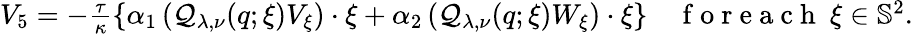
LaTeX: \begin{array}{r}{V_{5}=-\frac{\tau}{\kappa}\left\lbrace\alpha_{1}\left(\mathcal{Q}_{\lambda,\nu}(q;\xi)V_{\xi}\right)\cdot\xi+\alpha_{2}\left(\mathcal{Q}_{\lambda,\nu}(q;\xi)W_{\xi}\right)\cdot\xi\right\rbrace\quad\mathrm{~f~o~r~e~a~c~h~}~\xi\in\mathbb{S}^{2}.}\end{array}